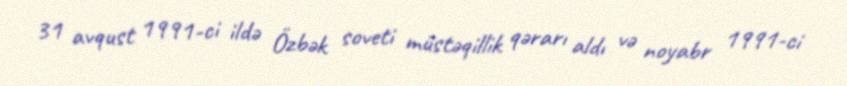
31 avqust 1991-ci ildə Özbək soveti müstəqillik qərarı aldı və noyabr 1991-ci